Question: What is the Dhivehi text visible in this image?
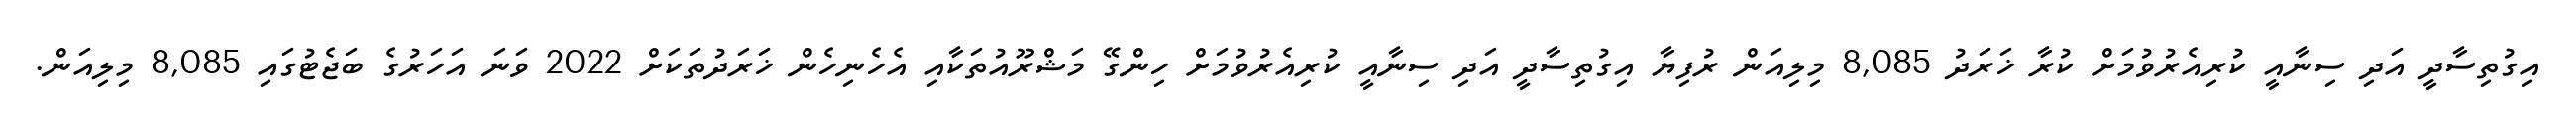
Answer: އިގުތިސާދީ އަދި ސިނާއީ ކުރިއެރުވުމަށް ކުރާ ޚަރަދު 8,085 މިލިއަން ރުފިޔާ އިގުތިސާދީ އަދި ސިނާއީ ކުރިއެރުވުމަށް ހިންގޭ މަޝްރޫއުތަކާއި އެހެނިހެން ޚަރަދުތަކަށް 2022 ވަނަ އަހަރުގެ ބަޖެޓުގައި 8,085 މިލިއަން.